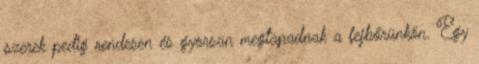
szerek pedig rendesen és gyorsan megtapadnak a fejbőrünkön. Egy